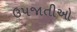
ઉપજાતીઓ